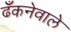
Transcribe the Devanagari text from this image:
ढँकनेवाले